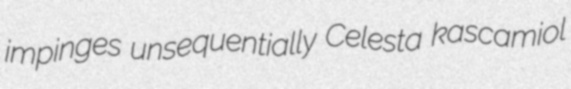
impinges unsequentially Celesta kascamiol